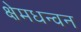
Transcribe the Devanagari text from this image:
क्षेमधन्वन